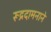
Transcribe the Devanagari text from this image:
रूद्रदामनाने